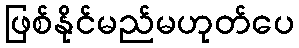
ဖြစ်နိုင်မည်မဟုတ်ပေ